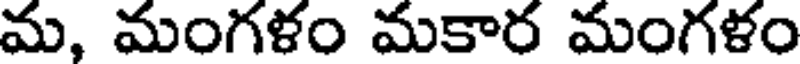
మ, మంగళం మకార మంగళం